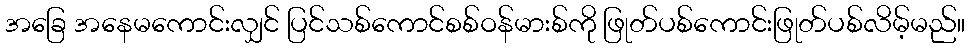
အခြေ အနေမကောင်းလျှင် ပြင်သစ်ကောင်စစ်ဝန်မားစ်ကို ဖြုတ်ပစ်ကောင်းဖြုတ်ပစ်လိမ့်မည်။